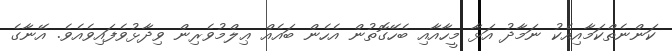
ކަންނެތްކަމާއިއެކު ނަމާދު އަޅާ މީހާއާއި ބެހޭގޮތުން އެހެން ބައެއް ޢިލްމުވެރިން ވިދާޅުވެފައިވެއެވެ. އޭނާގެ